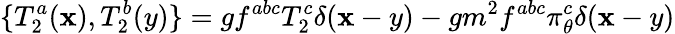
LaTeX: \{ T_{2}^{a}(\mathbf{x}),T_{2}^{b}(y)\} =gf^{abc}T_{2}^{c}\delta(\mathbf{x}-y)-gm^{2}f^{abc}\pi_{\theta}^{c}\delta(\mathbf{x}-y)